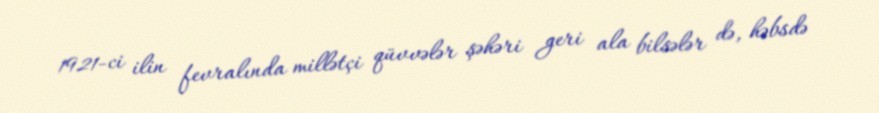
1921-ci ilin fevralında millətçi qüvvələr şəhəri geri ala bilsələr də, həbsdə